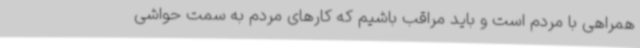
همراهی با مردم است و باید مراقب باشیم که کارهای مردم به سمت حواشی